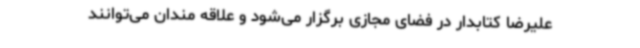
علیرضا کتابدار در فضای مجازی برگزار می‌شود و علاقه مندان می‌توانند